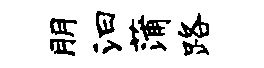
朋汩蒲路